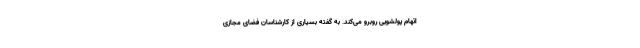
اتهام پولشویی روبرو می‌کند. به گفته بسیاری از کارشناسان فضای مجازی